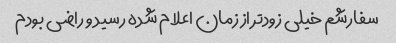
سفارشم خیلی زودتر از زمان اعلام شده رسید و راضی بودم